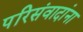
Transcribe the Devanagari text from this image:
परिसंवादांना